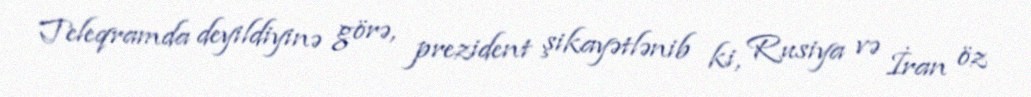
Teleqramda deyildiyinə görə, prezident şikayətlənib ki, Rusiya və İran öz